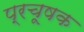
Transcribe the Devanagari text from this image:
प्रचूषक